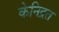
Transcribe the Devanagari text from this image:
केनिद्रत